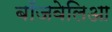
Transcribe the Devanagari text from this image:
बॉजवेलिआ